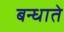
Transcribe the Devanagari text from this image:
बन्धाते